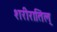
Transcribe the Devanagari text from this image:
शरीरातिल्